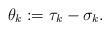
LaTeX: \begin{align*}\theta_k:=\tau_k-\sigma_k.\end{align*}